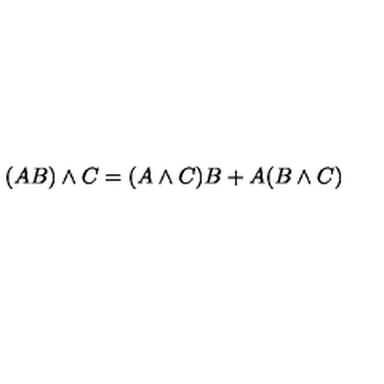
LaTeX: ( A B ) \wedge C = ( A \wedge C ) B + A ( B \wedge C )